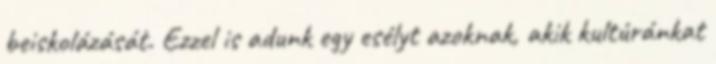
beiskolázását. Ezzel is adunk egy esélyt azoknak, akik kultúránkat